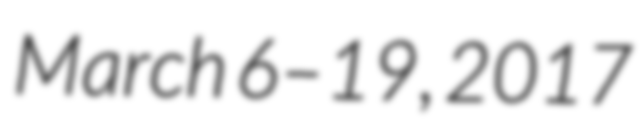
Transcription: March 6–19, 2017